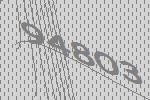
94803